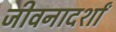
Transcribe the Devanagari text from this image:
जीवनादर्शां